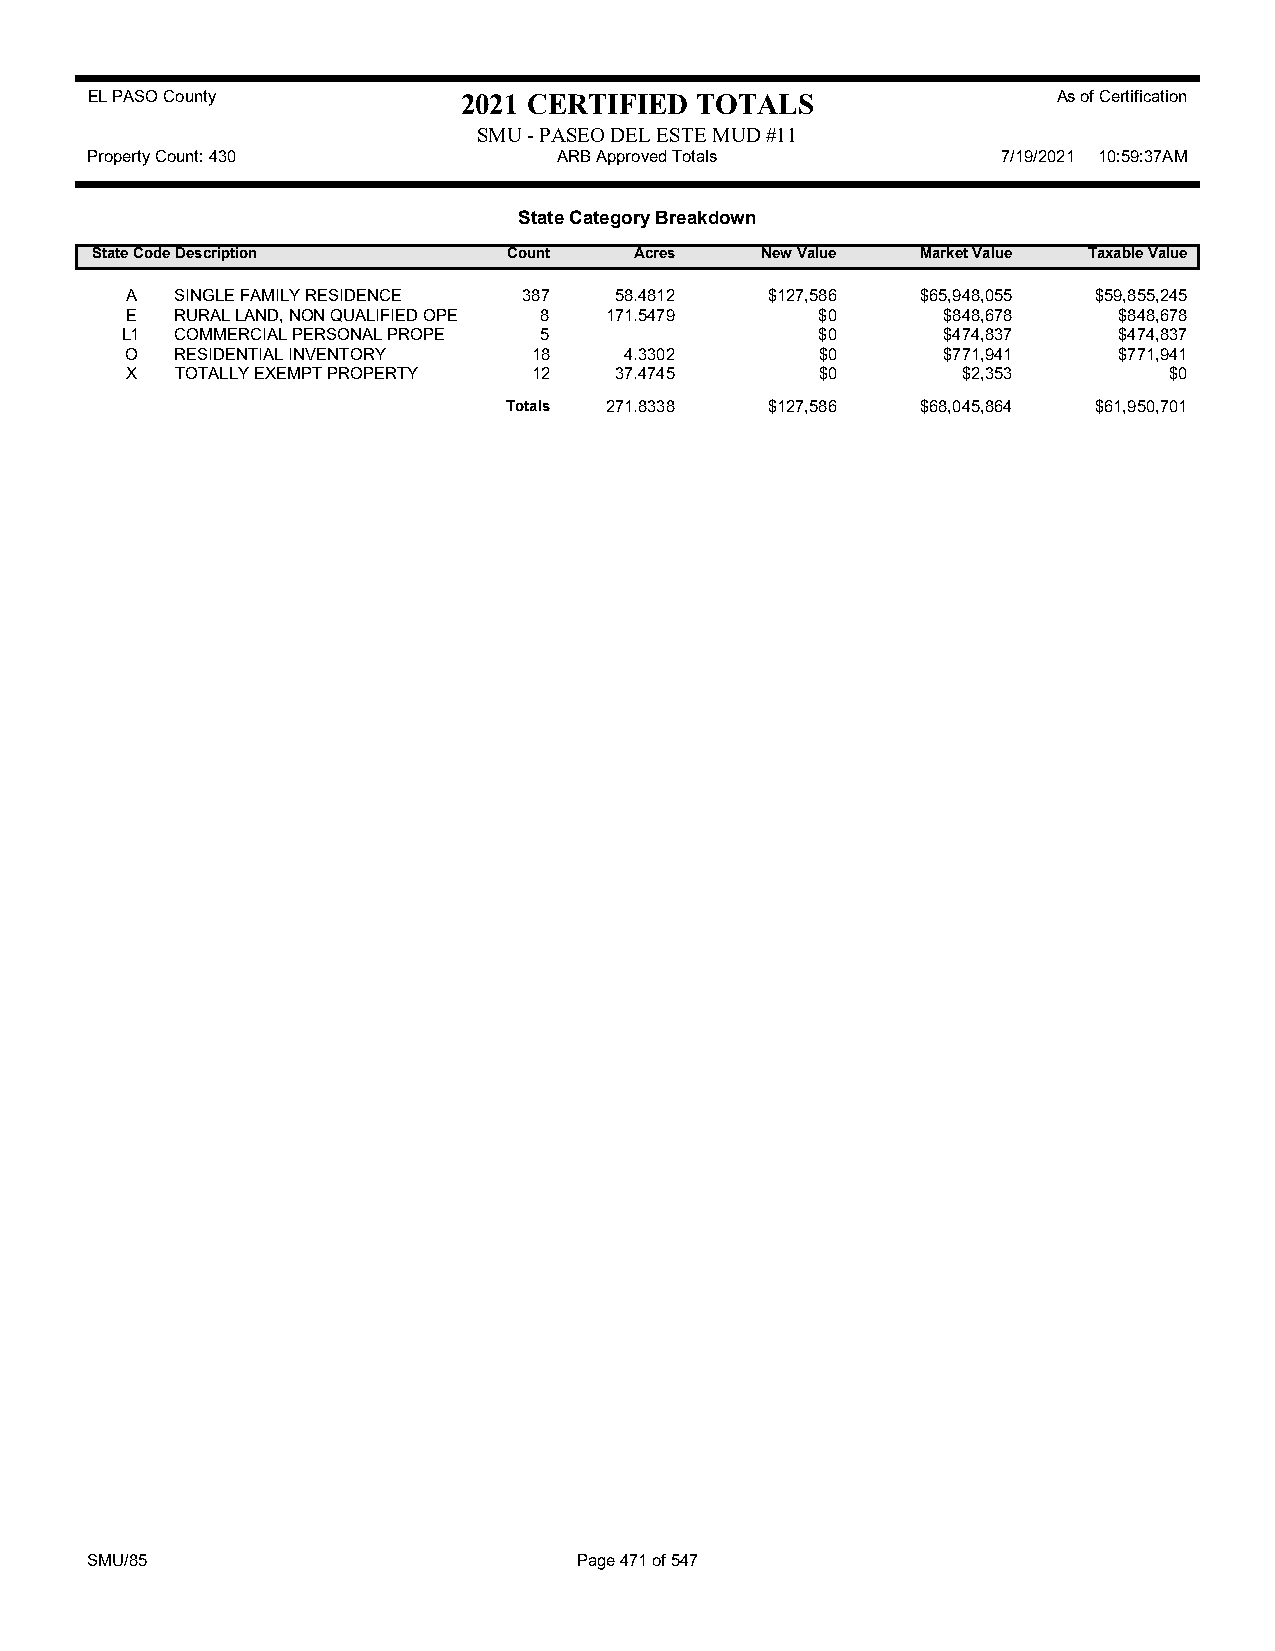
EL PASO County           2021 CERTIFIED TOTALS                  As of Certification
 SMU - PASEO DEL ESTE MUD #11
 Property Count: 430            ARB Approved Totals          7/19/2021 10:59:37AM
 State Category Breakdown
 State CodeDescription       Count   Acres   New Value  Market Value Taxable Value
 A   SINGLE FAMILY RESIDENCE 387  58.4812   $127,586  $65,948,055 $59,855,245
 E   RURAL LAND, NON QUALIFIED OPE 8 171.5479  $0      $848,678    $848,678
 L1  COMMERCIAL PERSONAL PROPE 5               $0      $474,837    $474,837
 O   RESIDENTIAL INVENTORY  18    4.3302       $0      $771,941    $771,941
 X   TOTALLY EXEMPT PROPERTY 12   37.4745      $0        $2,353       $0
 Totals 271.8338  $127,586  $68,045,864 $61,950,701
 SMU/85                          Page 471 of 547